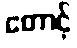
တောင့်